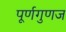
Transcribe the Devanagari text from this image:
पूर्णगुणज